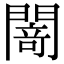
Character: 𨵎